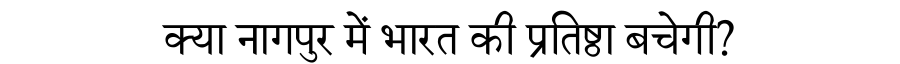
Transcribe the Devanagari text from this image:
क्या नागपुर में भारत की प्रतिष्ठा बचेगी?